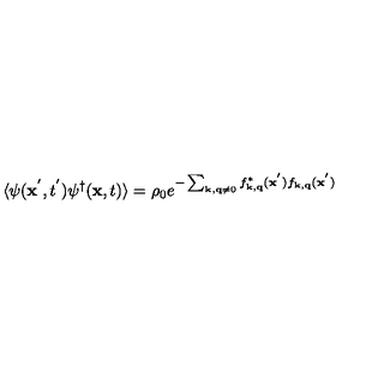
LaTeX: \langle \psi ( { \bf { x } } ^ { ' } , t ^ { ' } ) \psi ^ { \dagger } ( { \bf { x } } , t ) \rangle = \rho _ { 0 } e ^ { - \sum _ { { \bf { k } } , { \bf { q } } \neq 0 } f _ { { \bf { k } } , { \bf { q } } } ^ { * } ( { \bf { x } } ^ { ' } ) f _ { { \bf { k } } , { \bf { q } } } ( { \bf { x } } ^ { ' } ) }